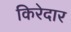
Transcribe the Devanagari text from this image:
किरेदार